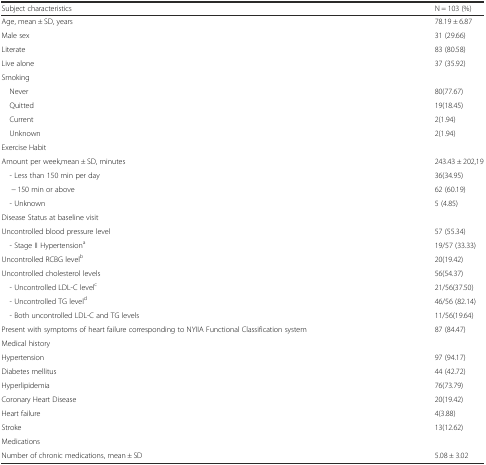
| Subject characteristics | N = 103 (%) |
 | --- | --- |
 | Age, mean ± SD, years | 78.19 ± 6.87 |
 | Male sex | 31 (29.66) |
 | Literate | 83 (80.58) |
 | Live alone | 37 (35.92) |
 | <COLSPAN=2> Smoking |
 | Never | 80(77.67) |
 | Quitted | 19(18.45) |
 | Current | 2(1.94) |
 | Unknown | 2(1.94) |
 | <COLSPAN=2> Exercise Habit |
 | Amount per week,mean ± SD, minutes | 243.43 ± 202,19 |
 | - Less than 150 min per day | 36(34.95) |
 | − 150 min or above | 62 (60.19) |
 | - Unknown | 5 (4.85) |
 | <COLSPAN=2> Disease Status at baseline visit |
 | Uncontrolled blood pressure level | 57 (55.34) |
 | - Stage II Hypertensiona | 19/57 (33.33) |
 | Uncontrolled RCBG levelb | 20(19.42) |
 | Uncontrolled cholesterol levels | 56(54.37) |
 | - Uncontrolled LDL-C levelc | 21/56(37.50) |
 | - Uncontrolled TG leveld | 46/56 (82.14) |
 | - Both uncontrolled LDL-C and TG levels | 11/56(19.64) |
 | Present with symptoms of heart failure corresponding to NYIIA Functional Classification system | 87 (84.47) |
 | <COLSPAN=2> Medical history |
 | Hypertension | 97 (94.17) |
 | Diabetes mellitus | 44 (42.72) |
 | Hyperlipidemia | 76(73.79) |
 | Coronary Heart Disease | 20(19.42) |
 | Heart failure | 4(3.88) |
 | Stroke | 13(12.62) |
 | <COLSPAN=2> Medications |
 | Number of chronic medications, mean ± SD | 5.08 ± 3.02 |